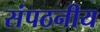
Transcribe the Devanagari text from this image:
संपठनीय